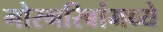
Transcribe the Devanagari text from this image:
गोरगरिबांमध्ये